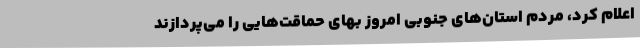
اعلام کرد، مردم استان‌های جنوبی امروز بهای حماقت‌هایی را می‌پردازند